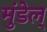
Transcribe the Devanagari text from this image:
मुंडेल्